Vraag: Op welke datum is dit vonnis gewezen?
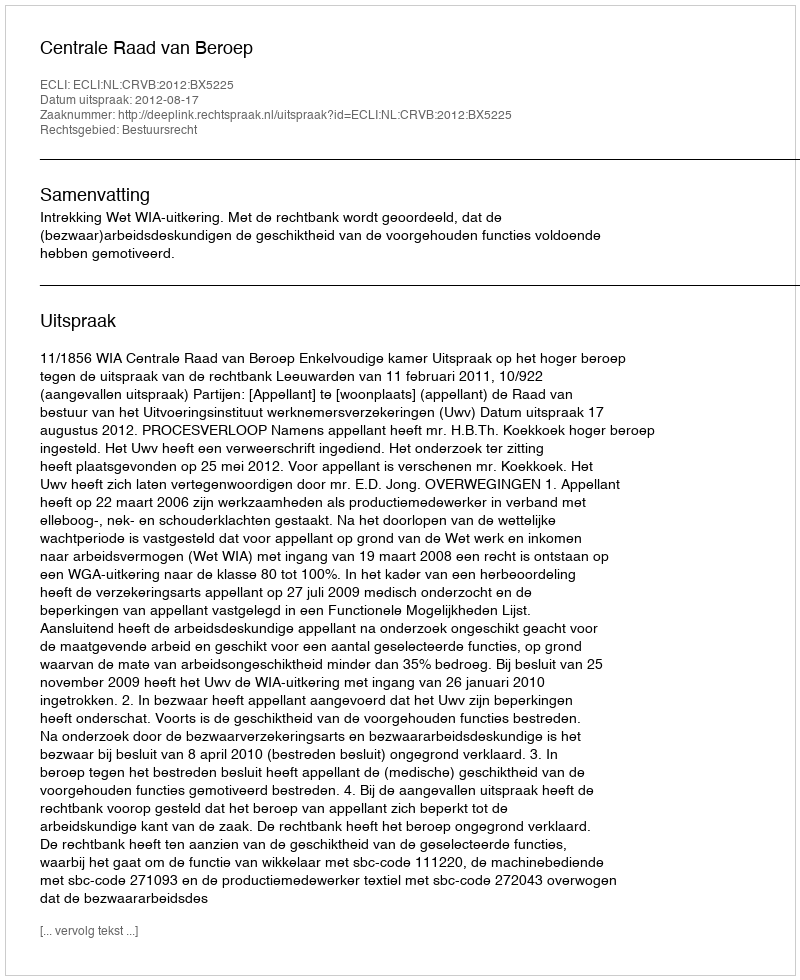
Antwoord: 2012-08-17